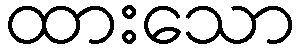
ထားသော